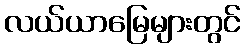
လယ်ယာမြေများတွင်